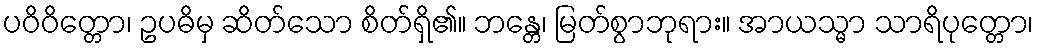
ပဝိဝိတ္တော၊ ဥပဓိမှ ဆိတ်သော စိတ်ရှိ၏။ ဘန္တေ၊ မြတ်စွာဘုရား။ အာယသ္မာ သာရိပုတ္တော၊